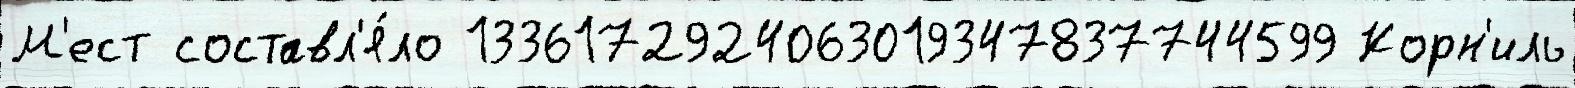
М'ест составл'я́ло 1336172924063019347837744599 Корн'иль